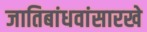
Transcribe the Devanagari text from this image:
जातिबांधवांसारखे